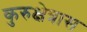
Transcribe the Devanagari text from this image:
कुरुक्षेत्रास